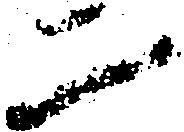
二